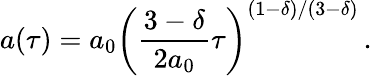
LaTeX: a(\tau)=a_{0}\left(\frac{3-\delta}{2a_{0}}\tau\right)^{(1-\delta)/(3-\delta)}\, .